Annual report of the Imperial Bacteriologist
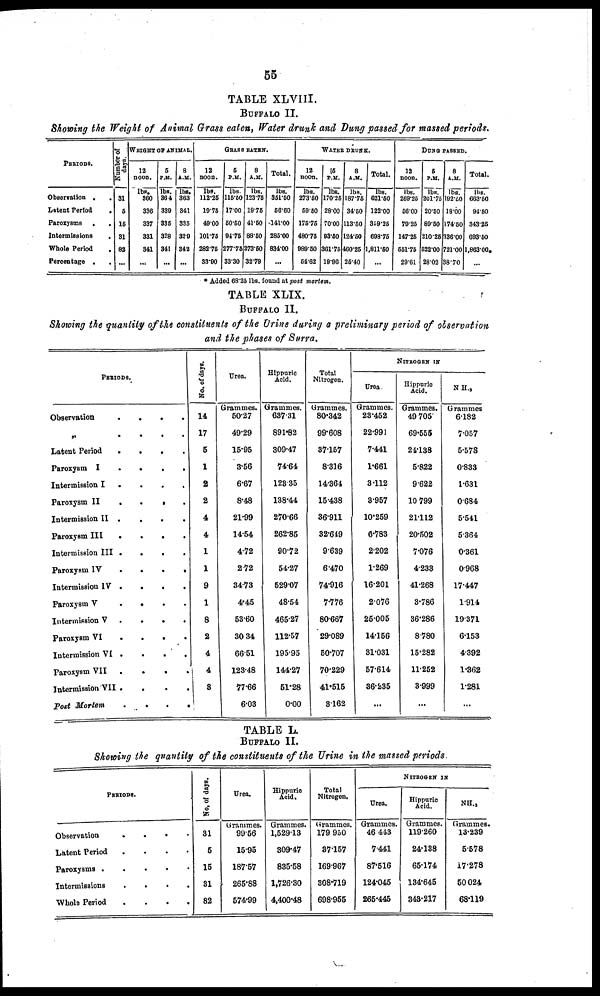
55
TABLE XLVIII.
BUFFALO II.
Showing the Weight of Animal Grass eaten, Water drunk and Dung passed for massed periods.
PERIODS.
Observation .
Latent Period
Paroxysms .
Intermissions
Whole Period
Percentage .
.
.
.
.
.
.
Number of
days.
31
5
15
31
82
...
WEIGHT OF ANIMAL.
12
noon.
lbs.
360
336
337
331
341
...
5
P.M.
lbs.
364
339
335
328
341
...
8
A.M.
lbs.
363
341
335
329
342
...
GRASS EATEN.
12
noon.
lbs.
112.25
19.75
49.00
101.75
282.75
33.90
5
P.M.
lbs.
115.50
17.00
50.50
94.75
277.75
33.30
8
A.M.
lbs.
123.75
19.75
41.50
88.50
273.50
32.79
Total.
lbs.
351.50
56.60
141.00
285.00
834.00
...
WATER DRUNK.
12
noon.
lbs.
273.50
59.50
175.75
480.75
989.50
54.62
15
P.M.
lbs.
170.25
28.00
70.00
93.50
361.75
19.96
8
A.M.
lbs.
187.75
34.50
113.50
124.50
460.25
25.40
Total.
lbs.
621.50
122.00
359.25
693.75
1,811.50
...
DUNG PASSED.
12
noon.
lbs.
269.25
56.00
79.25
147.25
551.75
29.61
5
P.M.
lbs.
201.75
20.50
89.50
210.25
522.00
28.02
8
A.M.
lbs.
192.50
18.00
174.50
336.00
721.00
38.70
Total.
lbs.
663.50
94.50
343.25
693.50
1,863.00 *
...
* Added 68.25 lbs. found at post mortem.
TABLE XLIX.
BUFFALO II.
Showing the quantity of the constituents of the Urine during a preliminary period of observation
and the phases of Surra.
PERIODS.
Observation
„
Latent Period
Paroxysm I
Intermission I
Paroxysm II
Intermission II
Paroxysm III
Intermission III
Paroxysm IV
Intermission IV
Paroxysm V
Intermission V
Paroxysm VI
Intermission VI
Paroxysm VII
Intermission.VI]
Post
Mortem
.
.
.
.
.
.
.
.
.
.
.
.
.
.
.
.
.
.
.
.
.
.
.
.
.
.
.
.
.
.
.
.
.
.
.
.
.
.
.
.
.
.
.
.
.
.
.
.
.
.
.
.
.
.
.
.
.
.
.
.
.
.
.
.
.
.
.
.
.
.
.
.
No. of days.
14
17
5
1
2
2
4
4
1
1
9
1
8
2
4
4
3
Urea.
Grammes.
50.27
49.29
15.95
3.56
6.67
8.43
21.99
14.54
4.72
2.72
34.73
4.45
53.60
30.34
66.51
123.48
77.66
6.03
Hippuric
Acid.
Grammes.
637.31
891.82
309.47
74.64
123.35
138.44
270.66
262.85
90.72
54.27
529.07
48.54
465.27
112.57
195.95
144.27
51.28
0.00
Total
Nitrogen.
Grammes.
80.342
99.608
37.157
8.316
14.364
15.438
36.911
32.649
9.639
6.470
74.916
7.776
80.667
29.089
50.707
70.229
41.515
3.162
NITROGEN IN
Urea.
Grammes.
23.452
22.991
7.441
1.661
3.112
3.957
10.259
6.783
2.202
1.269
16.201
2.076
25.005
14.156
31.031
57.614
36.235
...
Hippuric
Acid.
Grammes.
49.705
69.555
24.138
5.822
9.622
10.799
21.112
20.502
7.076
4.233
41.268
3.786
36.286
8.780
15.282
11.252
3.999
...
NH. 3
Grammes
6.182
7.057
5.578
0.833
1.631
0.684
5.541
5.364
0.361
0.968
17.447
1.914
19.371
6.153
4.392
1.362
1.281
...
TABLE L.
BUFFALO II.
Showing the quantity of the constituents of the Urine in the massed periods.
PERIODS.
Observation
Latent Period
Paroxysms .
Intermissions
Whole Period
.
.
.
.
.
.
.
.
.
.
.
.
.
.
.
.
.
.
.
.
No.
of days.
31
5
15
31
82
Urea.
Grammes.
99.56
15.95
187.57
265.88
574.99
Hippuric
Acid.
Grammes.
1,529.13
309.47
835.58
1,726.30
4,400.48
Total
Nitrogen.
Grammes.
179.950
37.157
169.967
308.719
698.955
NITROGEN IN
Urea.
Grammes.
46.443
7.441
87.516
124.045
265.445
Hippuric
Acid.
Grammes.
119.260
24.138
65.174
134.645
343.217
NH. 3
Grammes.
13.239
5.578
17.278
50.024
68.119